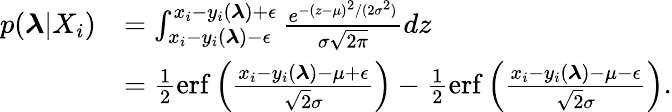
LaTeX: \begin{array}{rl}{p(\boldsymbol{\lambda}|X_{i})}&{=\int_{x_{i}-y_{i}(\boldsymbol{\lambda})-\epsilon}^{x_{i}-y_{i}(\boldsymbol{\lambda})+\epsilon}\frac{e^{-(z-\mu)^{2}/(2\sigma^{2})}}{\sigma\sqrt{2\pi}}dz}\\ &{=\frac{1}{2}\mathrm{erf}\left(\frac{x_{i}-y_{i}(\boldsymbol{\lambda})-\mu+\epsilon}{\sqrt{2}\sigma}\right)-\frac{1}{2}\mathrm{erf}\left(\frac{x_{i}-y_{i}(\boldsymbol{\lambda})-\mu-\epsilon}{\sqrt{2}\sigma}\right).}\end{array}